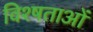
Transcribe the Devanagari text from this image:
विश्षताओं